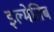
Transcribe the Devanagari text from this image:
इल्मेतिब